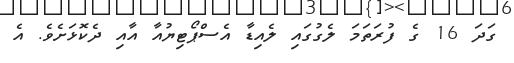
ގަދަ 16 ގެ ފުރަތަމަ ލެގުގައި ލެއިޑާ އެސްޕޯޓިޔުއާ އާއި ދެކޮޅަށެވެ. އެ